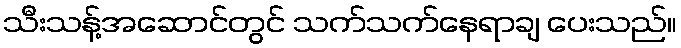
သီးသန့်အဆောင်တွင် သက်သက်နေရာချ ပေးသည်။